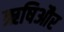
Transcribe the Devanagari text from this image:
ऋषिऔर